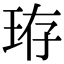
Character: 珔